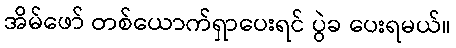
အိမ်ဖော် တစ်ယောက်ရှာပေးရင် ပွဲခ ပေးရမယ်။